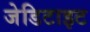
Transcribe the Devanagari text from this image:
जेडिटाइट